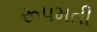
રૂપમતી